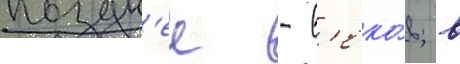
поздн'ее - в'еко́в; в